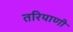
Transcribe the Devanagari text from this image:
तरियाणी